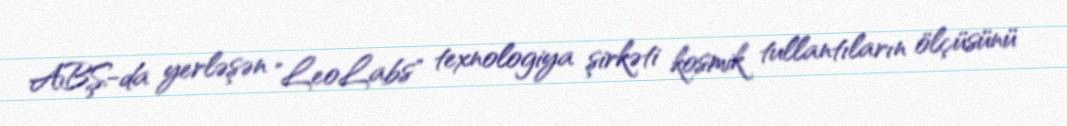
ABŞ-da yerləşən "LeoLabs" texnologiya şirkəti kosmik tullantıların ölçüsünü